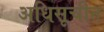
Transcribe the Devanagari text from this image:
अधिसूचीत